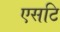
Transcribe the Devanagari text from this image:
एसटि